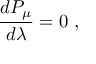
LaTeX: { \frac { d P _ { \mu } } { d \lambda } } = 0 \ ,